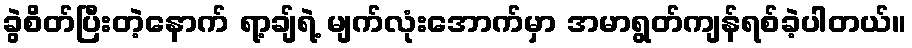
ခွဲစိတ်ပြီးတဲ့နောက် ရာ့ချ်ရဲ့ မျက်လုံးအောက်မှာ အမာရွတ်ကျန်ရစ်ခဲ့ပါတယ်။